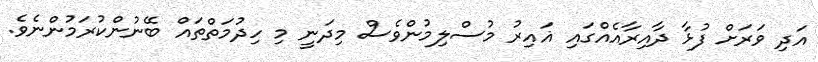
އަދި ވަރަށް ފުޅާ ދާއިރާއެއްގައި ޣައިރު މުސްލިމުންވެސް މިދަނީ މި ހިދުމަތްތައް ބޭނުންކުރަމުންނެވެ.